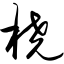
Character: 桡